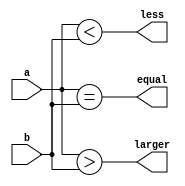
module compare_w(a,b,larger,equal,less);
	parameter SIZE=6;
	input[SIZE-1:0] a,b;
	output larger, equal, less;
	wire larger, equal, less;
	assign larger=(a>b);
	assign equal=(a==b);
	assign less=(a<b);
endmodule